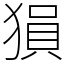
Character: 𤠔